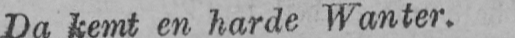
Da kemt en harde Wanter.